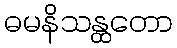
ဓမနိသန္ထတော